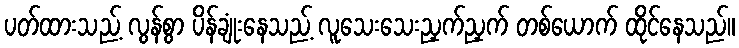
ပတ်ထားသည့် လွန်စွာ ပိန်ချုံးနေသည့် လူသေးသေးညှက်ညှက် တစ်ယောက် ထိုင်နေသည်။